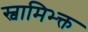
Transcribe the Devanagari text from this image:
स्वामिभ्क्त